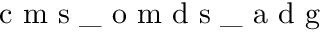
\mathrm { ~ c ~ m ~ s ~ } \_ \mathrm { ~ o ~ m ~ d ~ s ~ } \_ \mathrm { ~ a ~ d ~ g ~ }